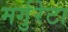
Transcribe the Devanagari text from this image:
मर्गुरेटा